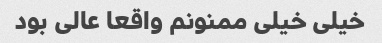
خیلی خیلی ممنونم واقعا عالی بود